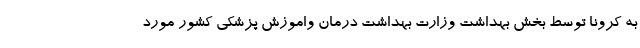
به کرونا توسط بخش بهداشت وزارت بهداشت درمان واموزش پزشکی کشور مورد